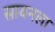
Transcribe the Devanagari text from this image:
सायनला